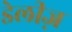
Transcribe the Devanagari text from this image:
डेलीज़